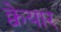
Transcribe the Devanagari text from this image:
क्वेयार